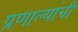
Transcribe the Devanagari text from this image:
प्रणाल्यांची